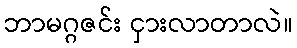
ဘာမဂ္ဂဇင်း ငှားလာတာလဲ။